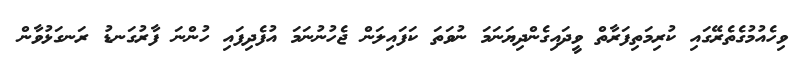
ވިހެއުމުގެތެރޭގައި ކުރިމަތިފަރާތް ވީދައިގެންދިޔަނަމަ ނުވަތަ ކަފައިލަން ޖެހުނުނަމަ އުފެދިފައި ހުންނަ ފާރުގަނޑު ރަނގަޅުވާން